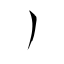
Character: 丿